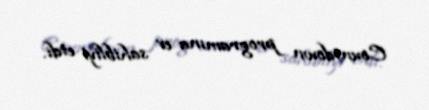
Countdown programına ev sahibliyi etdi.